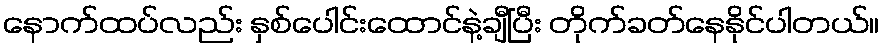
နောက်ထပ်လည်း နှစ်ပေါင်းထောင်နဲ့ချီပြီး တိုက်ခတ်နေနိုင်ပါတယ်။